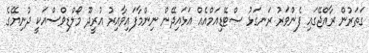
ގަތަރުން ރާއްޖޭގައި ފެންވަރު ރަނގަޅު ސްޓޭޑިއަމްއެއް އަޅައިދޭން ނިންމާފައިވާއިރު އުރީދޫ މޯލްޑިވްސްއަކީ ދުނިޔޭގެ